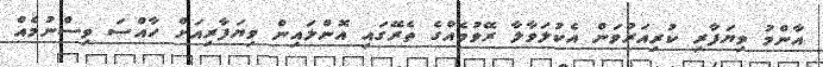
އާންމު ވިޔަފާރި ކުރިއަރުވަން އެކުލަވާލާ ރޭވުމެއްގެ ތެރޭގައި އޮންލައިން ވިޔަފާރިއަށް ހާއްސަ ވިސްނުމެއް